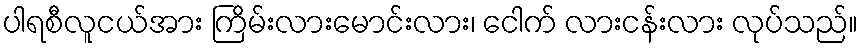
ပါရစီလူငယ်အား ကြိမ်းလားမောင်းလား၊ ငေါက် လားငန်းလား လုပ်သည်။